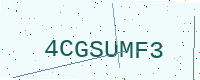
Text: 4CGSUMF3